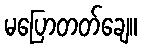
မပြောတတ်ချေ။